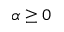
\alpha \geq 0